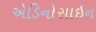
એડિનોસાઇન